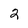
Character: 2